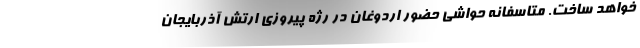
خواهد ساخت. متاسفانه حواشی حضور اردوغان در رژه پیروزی ارتش آذربایجان